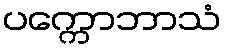
ပက္ကောဘာသံ